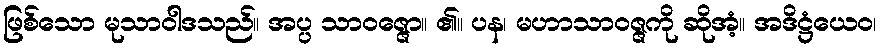
ဖြစ်သော မုသာဝါဒသည်။ အပ္ပ သာဝဇ္ဇော။ ၏။ ပန၊ မဟာသာဝဇ္ဇကို ဆိုအံ့။ အဒိဋ္ဌံယေဝ၊